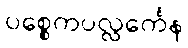
ပစ္စေကပလ္လင်္ကေန